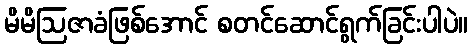
မိမိဩဇာခံဖြစ်အောင် စတင်ဆောင်ရွက်ခြင်းပါပဲ။